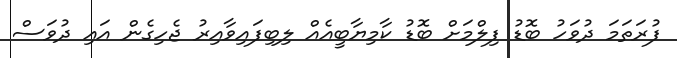
ފުރަތަމަ ދުވަހު ބޮޑު ފިލްމަށް ބޮޑު ކާމިޔާބީއެއް ލިބިފައިވާއިރު ޖެހިގެން އައި ދުވަސް